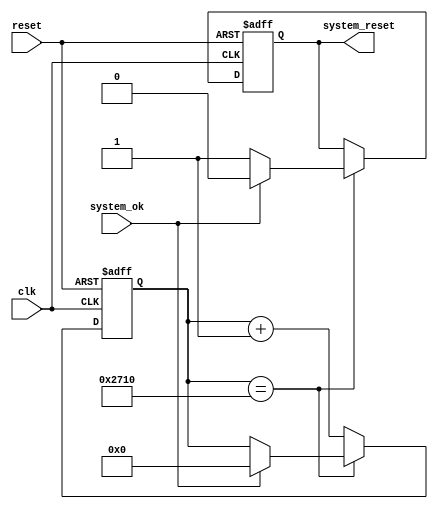
module watchdog_timer (
    input clk,
    input reset,
    input system_ok,
    output reg system_reset
);

parameter TIMEOUT = 10000; // Timeout value in clock cycles

reg [31:0] counter;

always @(posedge clk or posedge reset) begin
    if (reset) begin
        counter <= 0;
        system_reset <= 0;
    end else begin
        if (counter == TIMEOUT) begin
            if (!system_ok) begin
                system_reset <= 1;
            end else begin
                counter <= 0;
                system_reset <= 0;
            end
        end else begin
            counter <= counter + 1;
        end
    end
end

endmodule